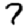
Digit: 7